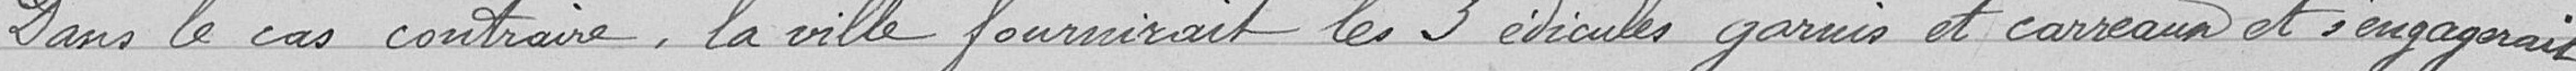
Dans le cas contraire, la ville fournirait les 3 édicules garnis et carreaux et s'engagerait